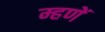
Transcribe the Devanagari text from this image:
म्हणें